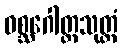
ဝစ္ဆဂေါတ္တသုတ္တံ